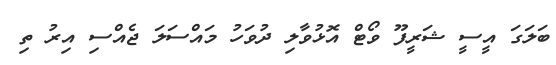
ބަލަގަ އީސީ ޝަރީފޫ ވޯޓް އޮޅުވާލި ދުވަހު މައްސަލަ ޖެއްސި އިރު ތި